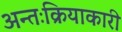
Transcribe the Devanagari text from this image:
अन्तःक्रियाकारी